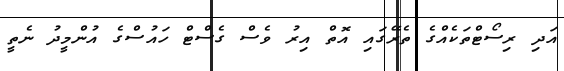
އަދި ރިސޯޓްތަކެއްގެ ތެރޭގައި އޮތް އިރު ވެސް ގެސްޓް ހައުސްގެ އުންމީދު ނެތީ